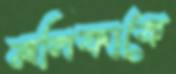
মলিকাকে